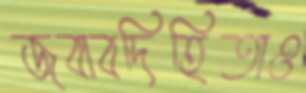
জবাবদিহিতাও